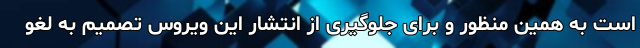
است به همین منظور و برای جلوگیری از انتشار این ویروس تصمیم به لغو